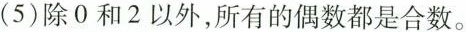
(5)除0和2以外，所有的偶数都是合数。